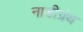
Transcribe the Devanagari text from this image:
नाडीग्रंथ